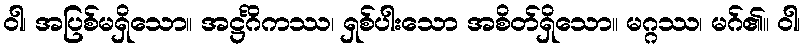
ဝါ၊ အပြစ်မရှိသော။ အဋ္ဌင်္ဂိကဿ၊ ရှစ်ပါးသော အစိတ်ရှိသော။ မဂ္ဂဿ၊ မဂ်၏။ ဝါ၊